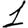
Digit: 1